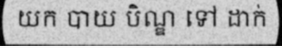
យក បាយ បិណ្ឌ ទៅ ដាក់